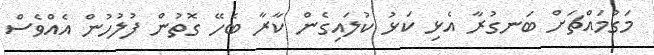
މަގުމައްޗަށް ބަނގުރާ އެޅި ކަޅު ކުލައިގެން ކާރާ ބެހޭ ގޮތުން ފުލުހުން އެއްވެސް